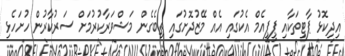
އިދިކޮޅު ޕާޓީތަކާއި ޕީޕީއެމް އެކުގައި އެއް މޭޒުދޮށުގައި ތިބެގެން މަޝްވަރާކުރުމަށް ސަރުކާރުން ހުށަހެޅި